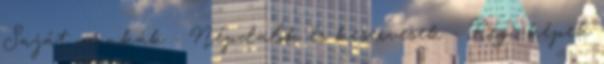
Saját munkák - Népdalok és keservesek - Régi képek